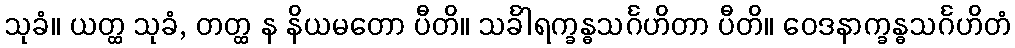
သုခံ။ ယတ္ထ သုခံ, တတ္ထ န နိယမတော ပီတိ။ သင်္ခါရက္ခန္ဓသင်္ဂဟိတာ ပီတိ။ ဝေဒနာက္ခန္ဓသင်္ဂဟိတံ